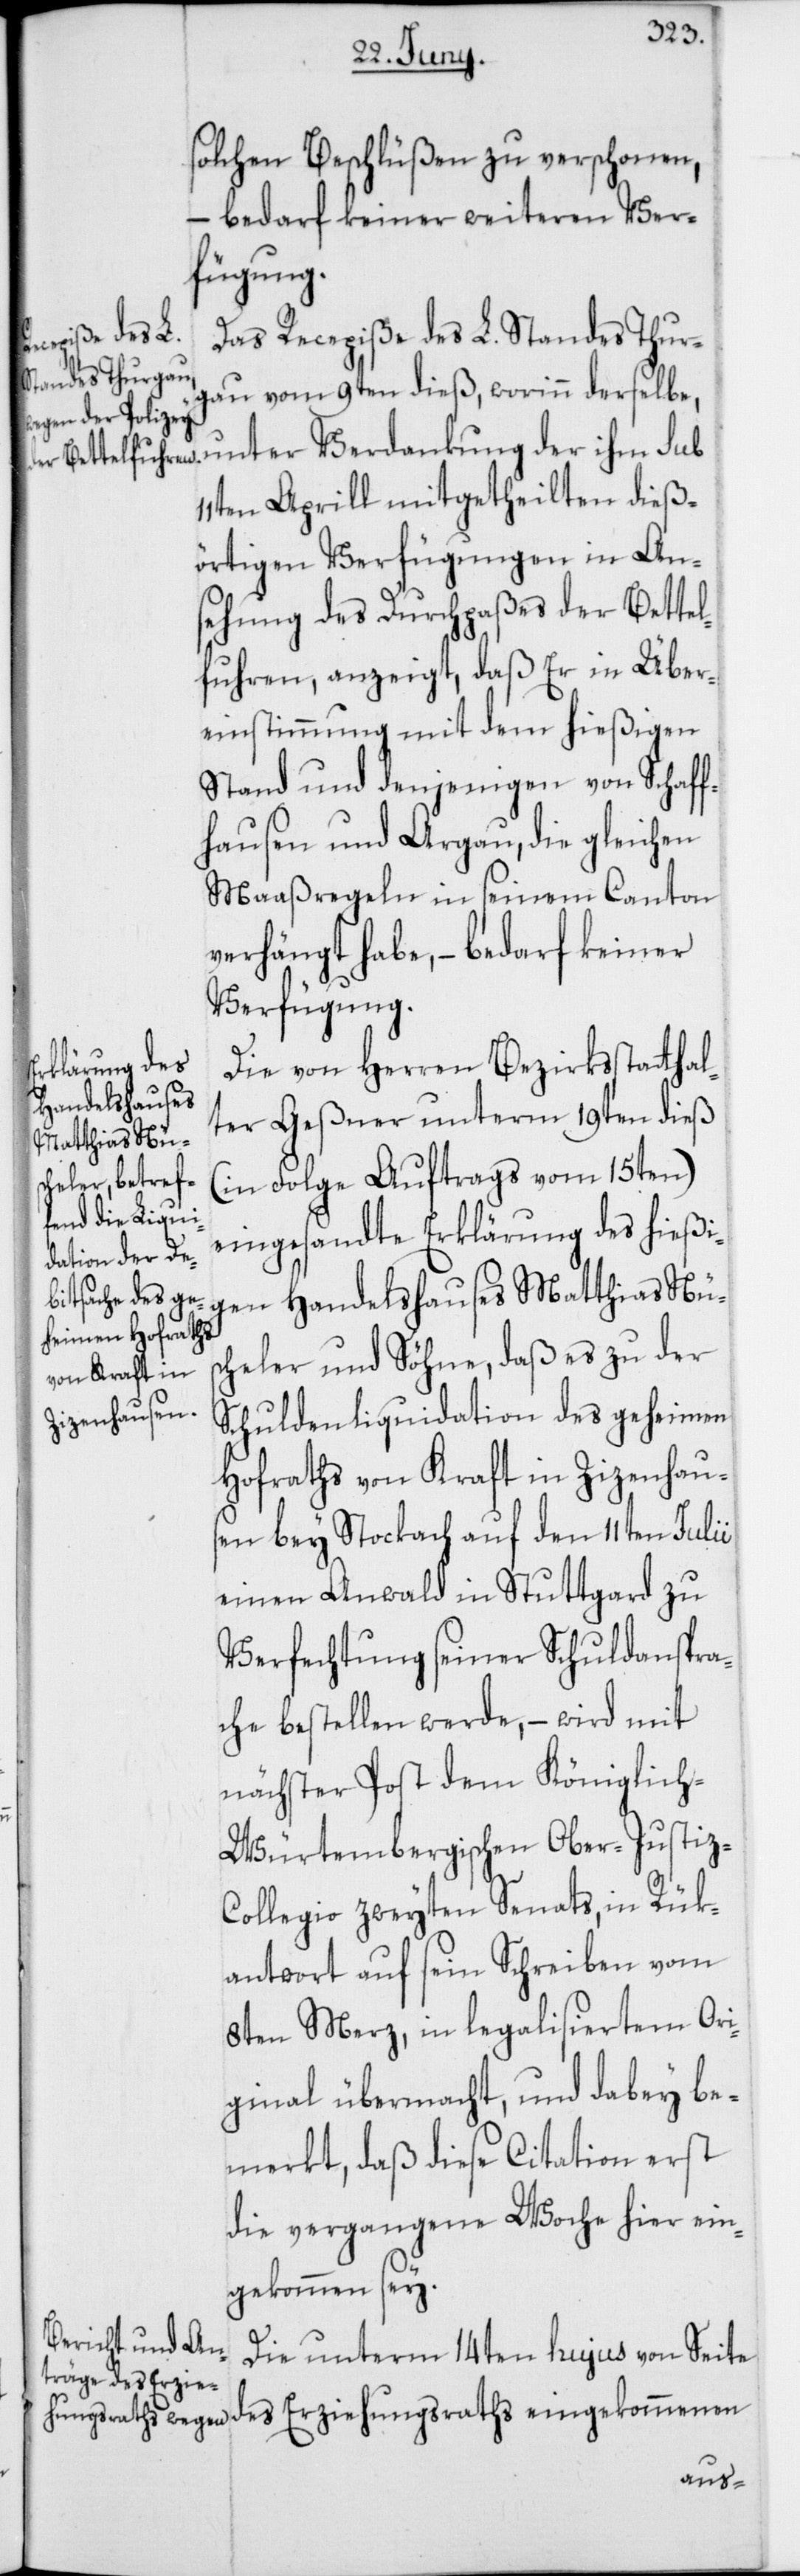
solchen Beschlüßen zu verschonen,
– bedarf keiner weiteren Ver¬
fügung.
Das Recepiße des L. Standes Thur¬
gau vom 9ten dieß, worinn derselbe,
unter Verdankung der ihm sub
11ten Aprill mitgetheilten dieß¬
örtigen Verfügungen in An¬
sehung des Durchpaßes der Bettel¬
fuhren, anzeigt, daß Er in Über¬
einstimmung mit dem hießigen
Stand und denjenigen von Schaff¬
hausen und Argau, die gleichen
Maaßregeln in seinem Canton
verhängt habe, – bedarf keiner
Verfügung.
Die von Herren Bezirksstatthal¬
ter Geßner unterm 19ten dieß
(in Folge Auftrags vom 15ten)
eingesandte Erklärung des hießi¬
gen Handelshauses Matthias Nüs¬
cheler und Söhne, daß es zu der
Schuldenliquidation des Geheimen
Hofraths von Kraft in Zizenhaus¬
en bey Stockach auf den 11ten Julii
einen Anwald in Stuttgard zu
Verfechtung seiner Schuldanspra¬
che bestellen werde, – wird mit
nächster Post dem Königlich-W¬
ürtembergischen Ober-Justiz-C¬
ollegio zweyten Senats, in Rük¬
antwort auf sein Schreiben vom
8ten Merz, in legalisiertem Ori¬
ginal übermacht, und dabey be¬
merkt, daß diese Citation erst
die vergangene Woche hier ein¬
gekommen sey.
Die unterm 14ten hujus von Seite